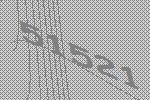
51521